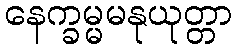
နေက္ခမ္မမနုယုတ္တာ